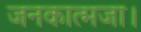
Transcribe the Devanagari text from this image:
जनकात्मजा।